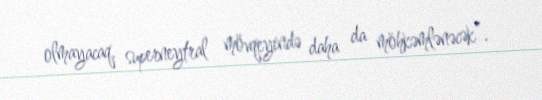
olmayacaq, superneytral mövqeyində daha da möhkəmlənəcək”.